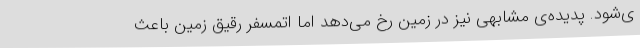
ی‌شود. پدیده‌ی مشابهی نیز در زمین رخ می‌دهد اما اتمسفر رقیق زمین باعث